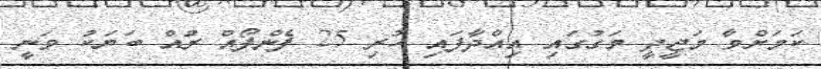
ކަމަށްވާ މަޖީދީ މަގުގައި އިއްދާފައި ހުރި 25 ފެންފޯއް ރުއް ބަޔަކު ވަނީ